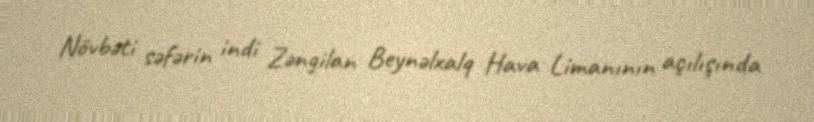
Növbəti səfərin indi Zəngilan Beynəlxalq Hava Limanının açılışında